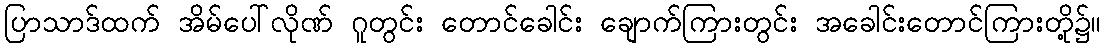
ပြာသာဒ်ထက် အိမ်ပေါ်လိုဏ် ဂူတွင်း တောင်ခေါင်း ချောက်ကြားတွင်း အခေါင်းတောင်ကြားတို့၌။